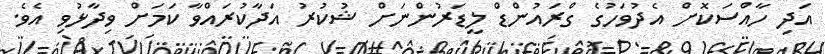
އަދި ހާއްސަކޮށް އެދުވަހުގެ ގްރައުންޑް ލީޑަރުންނަށް ޝުކުރު އަދާކުރައްވާ ކަމަށް ވިދާޅުވި އެވެ.